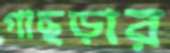
গাছড়ার